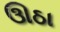
ઊઠા